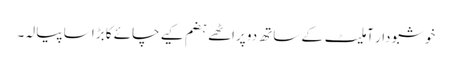
خوشبو دار آملیٹ کے ساتھ دو پراٹھے ہضم کیے چائے کا بڑا سا پیالہ۔